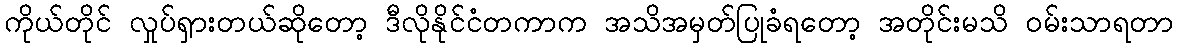
ကိုယ်တိုင် လှုပ်ရှားတယ်ဆိုတော့ ဒီလိုနိုင်ငံတကာက အသိအမှတ်ပြုခံရတော့ အတိုင်းမသိ ဝမ်းသာရတာ